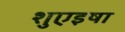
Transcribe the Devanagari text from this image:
शुएइषा